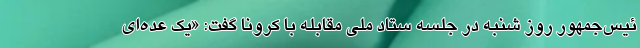
ئیس‌جمهور روز شنبه در جلسه ستاد ملی مقابله با کرونا گفت: «یک عده‌ای